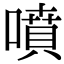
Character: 噴